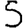
Digit: 5